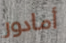
أمادور